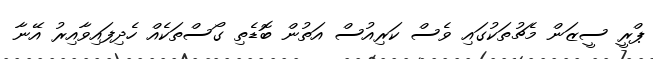
ޕްރީ ސީޒަން މެޗުތަކުގައި ވެސް ކަރިއުސް އަތުން ބޮޑެތި ގޯސްތަކެއް ހެދިފައިވާއިރު އޭނާ